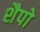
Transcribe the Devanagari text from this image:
शैपो